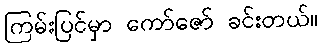
ကြမ်းပြင်မှာ ကော်ဇော် ခင်းတယ်။